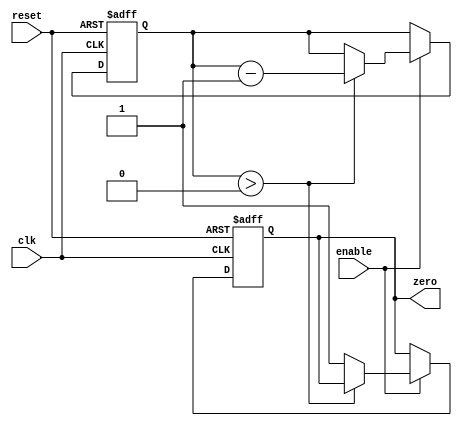
module binary_down_counter (
    input wire clk,
    input wire reset,
    input wire enable,
    output reg zero
);

reg [7:0] count;

always @(posedge clk or posedge reset) begin
    if (reset) begin
        count <= 8'hFF;
        zero <= 0;
    end else if (enable) begin
        if (count > 0) begin
            count <= count - 1;
        end else begin
            zero <= 1;
        end
    end
end

endmodule